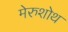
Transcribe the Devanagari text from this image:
मेरुशोथ